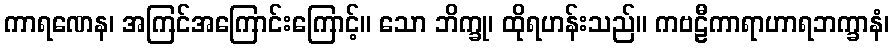
ကာရဏေန၊ အကြင်အကြောင်းကြောင့်။ သော ဘိက္ခု၊ ထိုရဟန်းသည်။ ကဗဠီကာရာဟာရဘက္ခာနံ၊